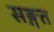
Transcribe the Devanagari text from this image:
सङ्गत